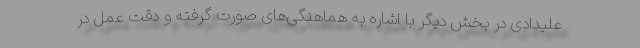
علیدادی در بخش دیگر با اشاره به هماهنگی‌های صورت گرفته و دقت عمل در